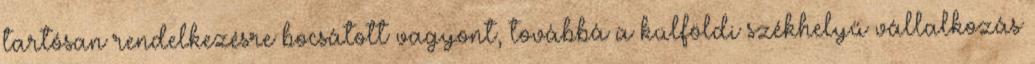
tartósan rendelkezésre bocsátott vagyont, továbbá a külföldi székhelyű vállalkozás